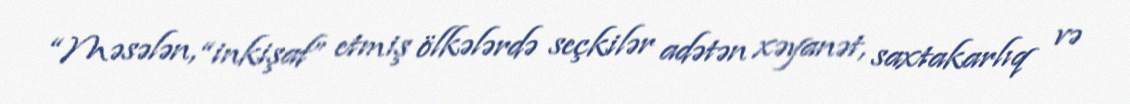
“Məsələn, “inkişaf” etmiş ölkələrdə seçkilər adətən xəyanət, saxtakarlıq və